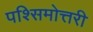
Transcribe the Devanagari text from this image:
पश्सिमोत्तरी